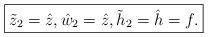
LaTeX: \begin{align*}\boxed{\tilde z_2=\hat z, \hat w_2=\hat z, \tilde h_2=\hat h=f.}\end{align*}